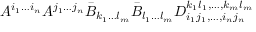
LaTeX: A ^ { i _ { 1 } \ldots i _ { n } } A ^ { j _ { 1 } \ldots j _ { n } } \bar { B } _ { k _ { 1 } \ldots l _ { m } } \bar { B } _ { l _ { 1 } \ldots l _ { m } } D _ { i _ { 1 } j _ { 1 } , \ldots , i _ { n } j _ { n } } ^ { k _ { 1 } l _ { 1 } , \ldots , k _ { m } l _ { m } }